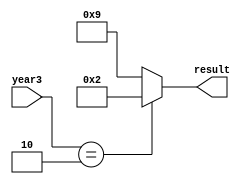
`timescale 1ns / 1ps
//////////////////////////////////////////////////////////////////////////////////
// Company: 
// Engineer: 
// 
// Design Name: 
// Module Name: selector7
// Project Name: 
// Target Devices: 
// Tool Versions: 
// Description: 
// 
// Dependencies: 
// 
// Revision:
// Revision 0.01 - File Created
// Additional Comments:
// 
//////////////////////////////////////////////////////////////////////////////////


module selector7(year3, result);
    input [3:0] year3;
    output [3:0] result;
    
    reg [3:0] result;
    
    always @* begin
        if(year3 == 4'd2) result = 4'd2;
        else result = 4'd9;
    end
endmodule